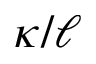
\kappa / \ell